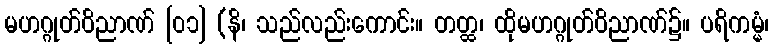
မဟဂ္ဂုတ်ဝိညာဏ် [၀၁] (နိ၊ သည်လည်းကောင်း။ တတ္ထ၊ ထိုမဟဂ္ဂုတ်ဝိညာဏ်၌။ ပရိကမ္မံ၊